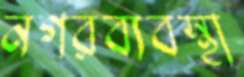
নগরব্যবস্থা